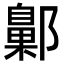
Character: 𨞶